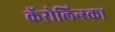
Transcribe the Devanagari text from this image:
कॅरोलिन्स्का